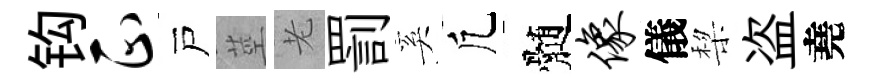
钩正戸莖老罰奚凢髄像儀棃盗堯